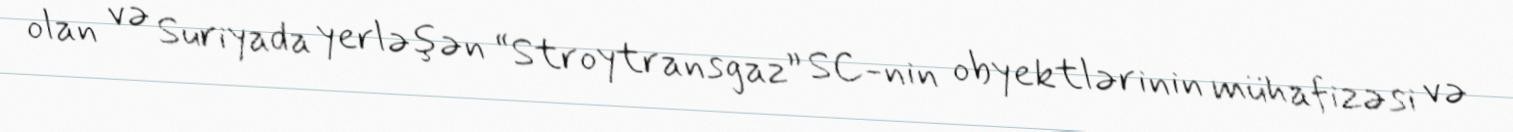
olan və Suriyada yerləşən “Stroytransgaz” SC-nin obyektlərinin mühafizəsi və